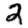
Digit: 2